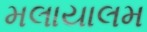
મલાયાલમ